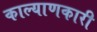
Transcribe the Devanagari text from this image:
काल्याणकारी